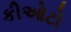
કીઓટો